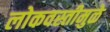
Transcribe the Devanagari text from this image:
लोकवस्तीमुळे